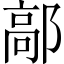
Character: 鄗